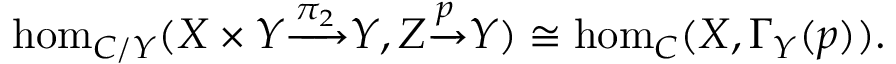
\hom _ { C / Y } ( X \times Y { \xrightarrow { \pi _ { 2 } } } Y , Z { \xrightarrow { p } } Y ) \cong \hom _ { C } ( X , \Gamma _ { Y } ( p ) ) .